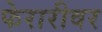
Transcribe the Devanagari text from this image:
फेरारीवर